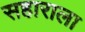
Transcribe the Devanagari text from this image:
सहाराला